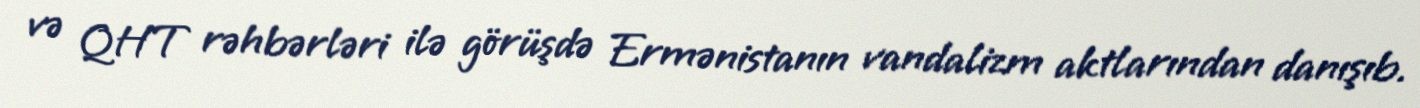
və QHT rəhbərləri ilə görüşdə Ermənistanın vandalizm aktlarından danışıb.